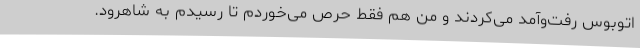
اتوبوس رفت‌وآمد می‌کردند و من هم فقط حرص می‌خوردم تا رسیدم به شاهرود.